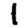
Digit: 1